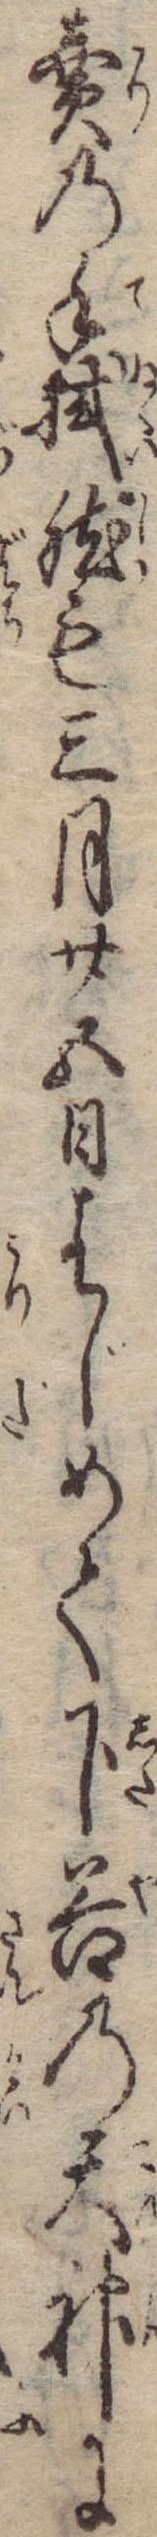
売の手拭然も三月廿五日はじめて下谷の天神に